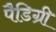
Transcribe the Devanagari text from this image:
पैडिग्री